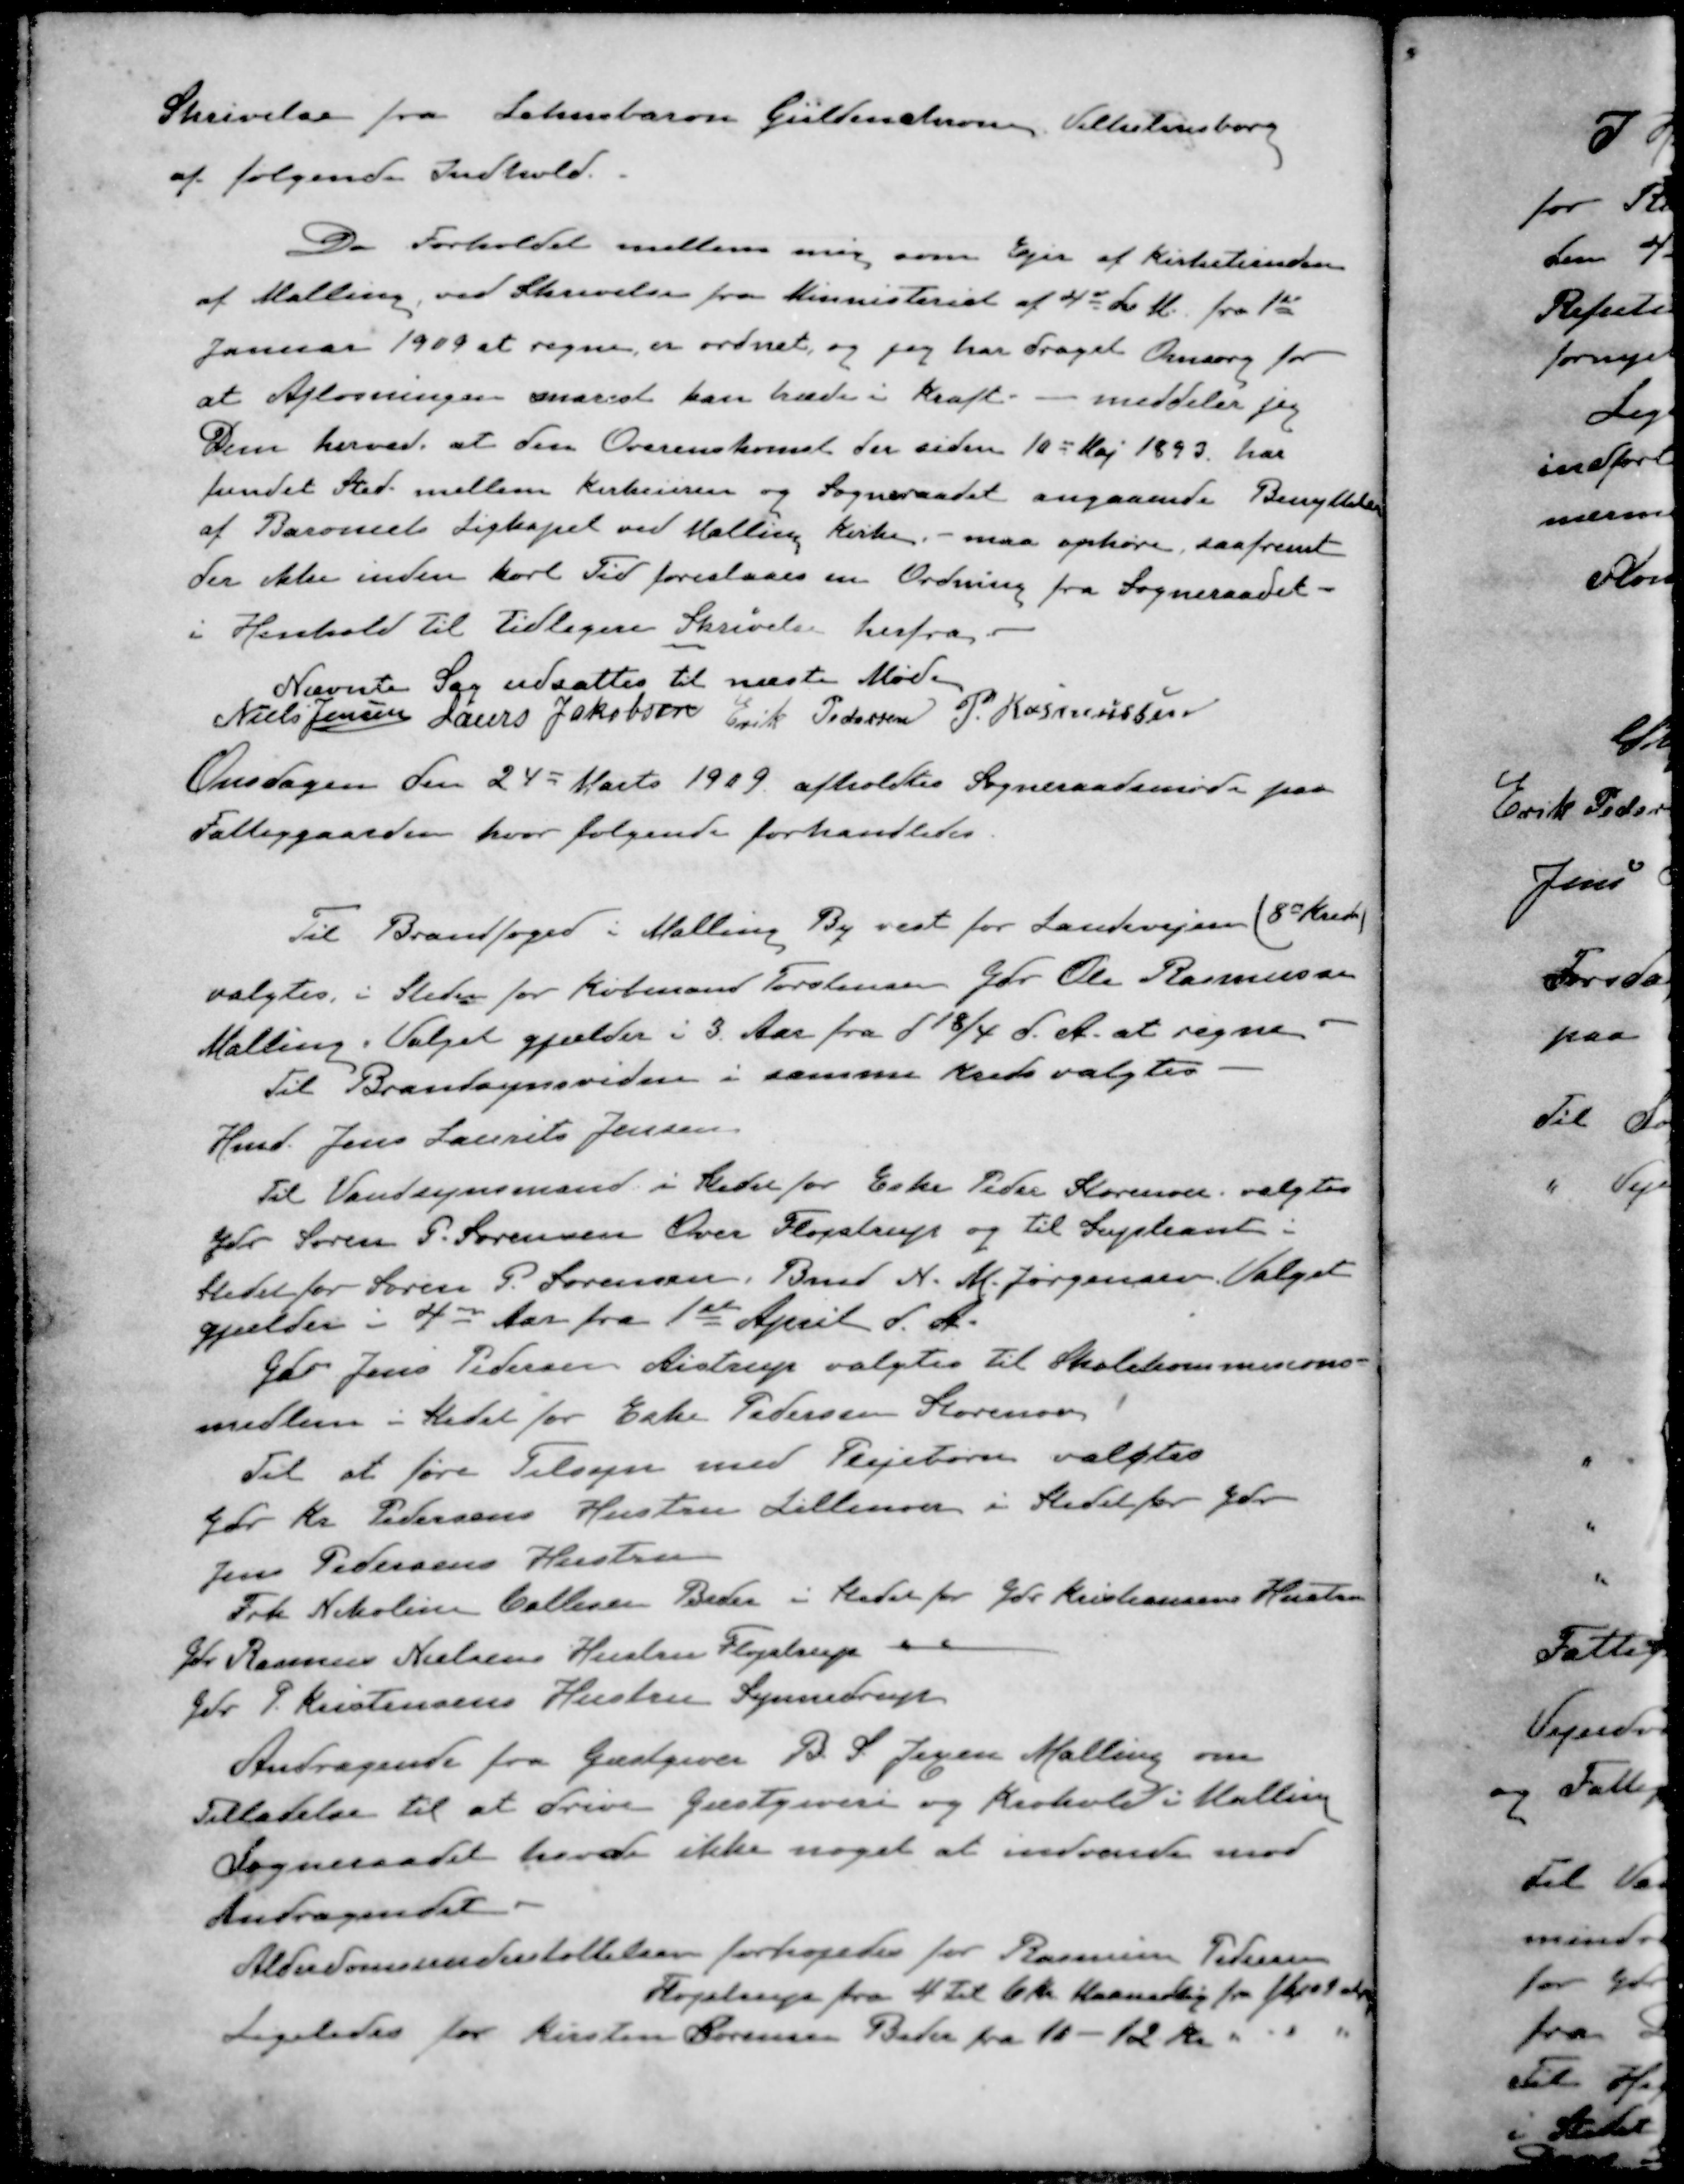
Transskription:
Skrivelse fra Lehnsbaron Güldenchrone Vilhelmsborg
af følgende Indhold.
Da Forholdet mellem mig som Ejer af Kirketienden
af Malling ved Skrivelse fra Ministeriet af 4de d M fra 1ste 
Januar 1909 at regne, er ordnet, og jeg har draget Omsorg for
at Afløsningen snarest han træde i Kraft. - meddeler jeg
Dem herved, at den Overenskomst der siden 10de Maj 1893 har
fundet Sted mellem Kirkeeiren og Sogneraadet angaaende Benyttelse
af Baroniets Ligkapel ved Malling Kirke, - maa ophøre, saafremt
der ikke inden kort Tid foreslaaes en Ordning fra Sogneraadet
i Henhold til tidligere Skrivelse herfra
Nævnte Sag udsattes til næste Møde
Niels Jensen
Laurs Jakobsen
Erik Pedersen
P. Rasmussen
Onsdagen den 24 Marts 1929 afholdtes Sogneraadsmøde paa
Fattiggaarden, hvor følgende forhandledes.
Til Brandfoged i Malling By vest for Landevejen (8de Kreds)
valgtes i Steden for Købmand Torstensen Gdr Ole Rasmussen
Malling. Valget gjælder i 3 Aar fra 18/4 d. A. at regne.
Til Brandsynsvidne i samme Kreds valgtes
Hmd. Jens Laurits Jensen
Til Vandsynsmand i Stedet for Eske Peder Storenor valgtes
Gdr Søren P. Sørensen Over Fløjstrup og til Supleant i 
Stedet for Søren P. Sørensen, Bmd N. M. Jørgensen. Valget
gjælder i 4 Aar fra 1ste April d. A.
Gdr Jens Pedersen Aistrup valgtes til Skolekommisions-
medlem i Stedet for Eske Pedersen Storenor
Til at føre Tilsyn med Plejebørn valgtes
Gdr Kr. Pedersens Hustru Lillenor i Stedet for Gdr
Jens Pedersens Hustru
Frk Nikoline Callisen Beder i Stedet for Gdr. Kristiansens Hustru
Gdr Rasmus Nielsens Hustru Fløjstrup 
Gdr P. Kristensens Hustru Synnedrup
Andragende fra Gæstgiver B. S. Jegsen Malling om
Tilladelse til at drive Gæstgiveri og Krohold i Malling
Sogneraadet havde ikke noget at indvende mod
Andragendet
Alderdomsunderstøttelsen forhøjedes for Rasmus Pedersen
Fløjstrup fra 4 til 6 Kr Maanedlig fra 1/4 09 at regne
Ligeledes for Kirsten Sørensen Beder fra 10-12 kr " " "